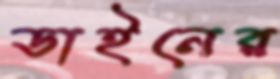
ডাইনের